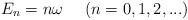
LaTeX: \begin{align*}E_n = n \omega~~~~(n=0,1,2,...)\end{align*}